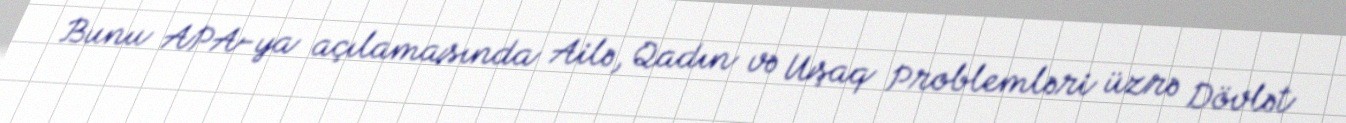
Bunu APA-ya açılamasında Ailə, Qadın və Uşaq Problemləri üzrə Dövlət